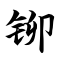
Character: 铆